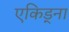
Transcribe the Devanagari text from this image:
एकिड्ना